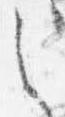
之